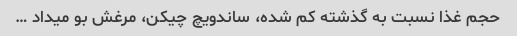
حجم غذا نسبت به گذشته کم شده، ساندویچ چیکن، مرغش بو میداد …